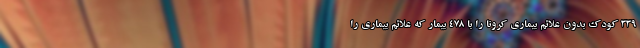
۳۳۹ کودک بدون علائم بیماری کرونا را با ۴۷۸ بیمار که علائم بیماری را